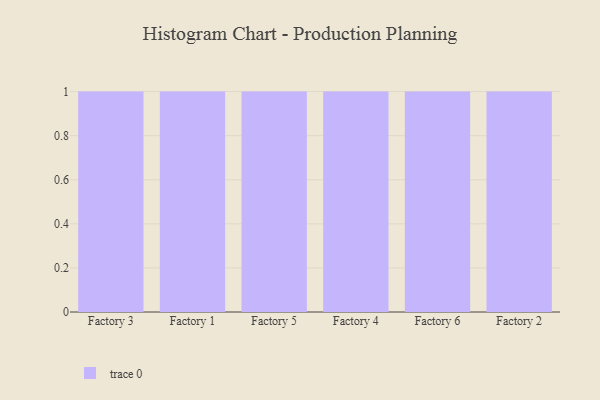
{"axis": {"x": "Factory", "y": "Backlog"}, "legend": [""], "data": [{"x": "Factory 3", "y": 59, "type": ""}, {"x": "Factory 1", "y": 82, "type": ""}, {"x": "Factory 5", "y": 63, "type": ""}, {"x": "Factory 4", "y": 48, "type": ""}, {"x": "Factory 6", "y": 19, "type": ""}, {"x": "Factory 2", "y": 91, "type": ""}]}